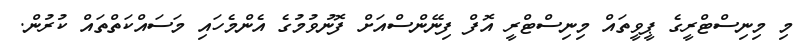
މި މިނިސްޓްރީގެ ޕީވީތައް މިނިސްޓްރީ އޮފް ފިނޭންސްއަށް ފޮނުވުމުގެ އެންމެހައި މަސައްކަތްތައް ކުރުން.